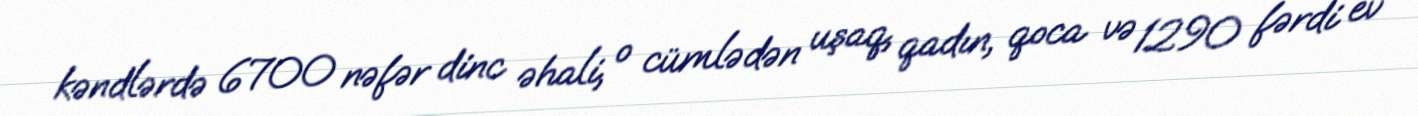
kəndlərdə 6700 nəfər dinc əhali, o cümlədən uşaq, qadın, qoca və 1290 fərdi ev